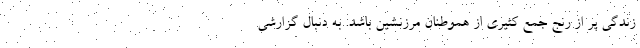
زندگي پر از رنج جمع كثيري از هموطنان مرزنشين باشد. به دنبال گزارشي